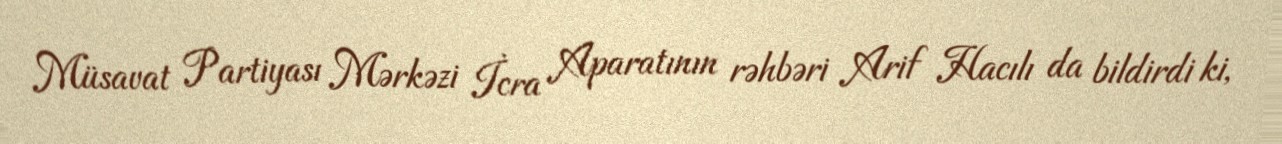
Müsavat Partiyası Mərkəzi İcra Aparatının rəhbəri Arif Hacılı da bildirdi ki,